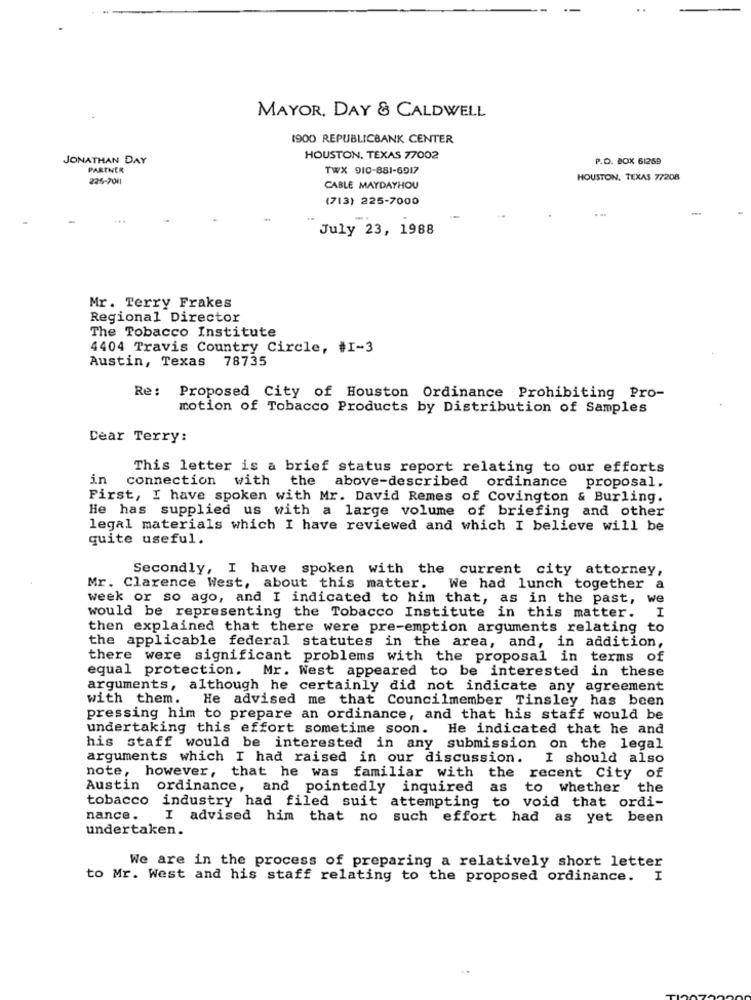
MAYOR, DAY & CALDWELL
1900 REPUBLICBANK CENTER
JONATHAN DAY
HOUSTON, TEXAS 77002
P.O. BOX 61259
PARTNER
TWX 910-881-6917
226-7011
HOUSTON, TEXAS 77208
CABLE MAYDAYHOU
(713) 225-7000
-
July 23, 1988
Mr. Terry Frakes
Regional Director
The Tobacco Institute
4404 Travis Country Circle, #I-3
Austin, Texas 78735
Re:
Proposed City of Houston Ordinance Prohibiting Pro-
motion of Tobacco Products by Distribution of Samples
Dear Terry:
This letter is a brief status report relating to our efforts
5.n
connection
with the above-described ordinance proposal.
First, I have spoken with Mr. David Remes of Covington & Burling.
He has supplied us with a large volume of briefing and other
legal materials which I have reviewed and which I believe will be
quite useful.
Secondly, I have spoken with the current city attorney,
Mr. Clarence West, about this matter.
We had lunch together a
week or so ago, and I indicated to him that, as in the past, we
I
would be representing the Tobacco Institute in this matter.
then explained that there were pre-emption arguments relating to
the applicable federal statutes in the area, and, in addition,
there were significant problems with the proposal in terms of
equal protection. Mr. West appeared to be interested in these
arguments, although he certainly did not indicate any agreement
with them.
He advised me that Councilmember Tinsley has been
pressing him to prepare an ordinance, and that his staff would be
undertaking this effort sometime soon. He indicated that he and
his staff would be interested in any submission on the legal
arguments which I had raised in our discussion.
I should also
note, however, that he was familiar with the recent City of
Austin
ordinance, and pointedly inquired as
to whether the
tobacco industry had filed suit attempting to void that ordi-
nance.
I advised him that no such effort had as yet been
undertaken.
We are in the process of preparing a relatively short letter
to Mr. West and his staff relating to the proposed ordinance. I